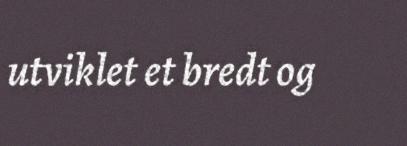
utviklet et bredt og